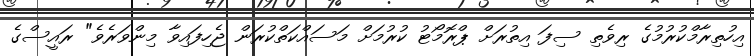
އިހުތިރާމްކުރުމުގެ ރިވެތި ސިފަ އިތުރަށް ޕްރޮމޯޓު ކުރުމަށް މަސައްކަތްކުރަން ޖެހިފައިވާ މިންވަރެވެ" ރައީސްގެ